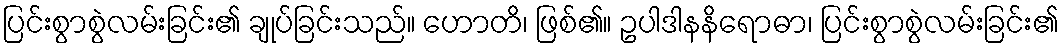
ပြင်းစွာစွဲလမ်းခြင်း၏ ချုပ်ခြင်းသည်။ ဟောတိ၊ ဖြစ်၏။ ဥပါဒါနနိရောဓာ၊ ပြင်းစွာစွဲလမ်းခြင်း၏